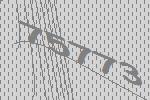
75773